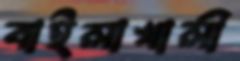
বাইলাখালী